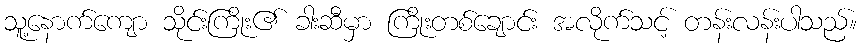
သူ့နောက်ကျော သိုင်းကြိုး၏ ခါးဆီမှာ ကြိုးတစ်ချောင်း အလိုက်သင့် တန်းလန်းပါသည်။